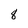
Character: 8